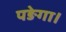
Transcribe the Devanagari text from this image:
पङेगा।